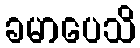
ခမာပေသိ